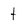
Character: t